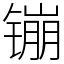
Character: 镚